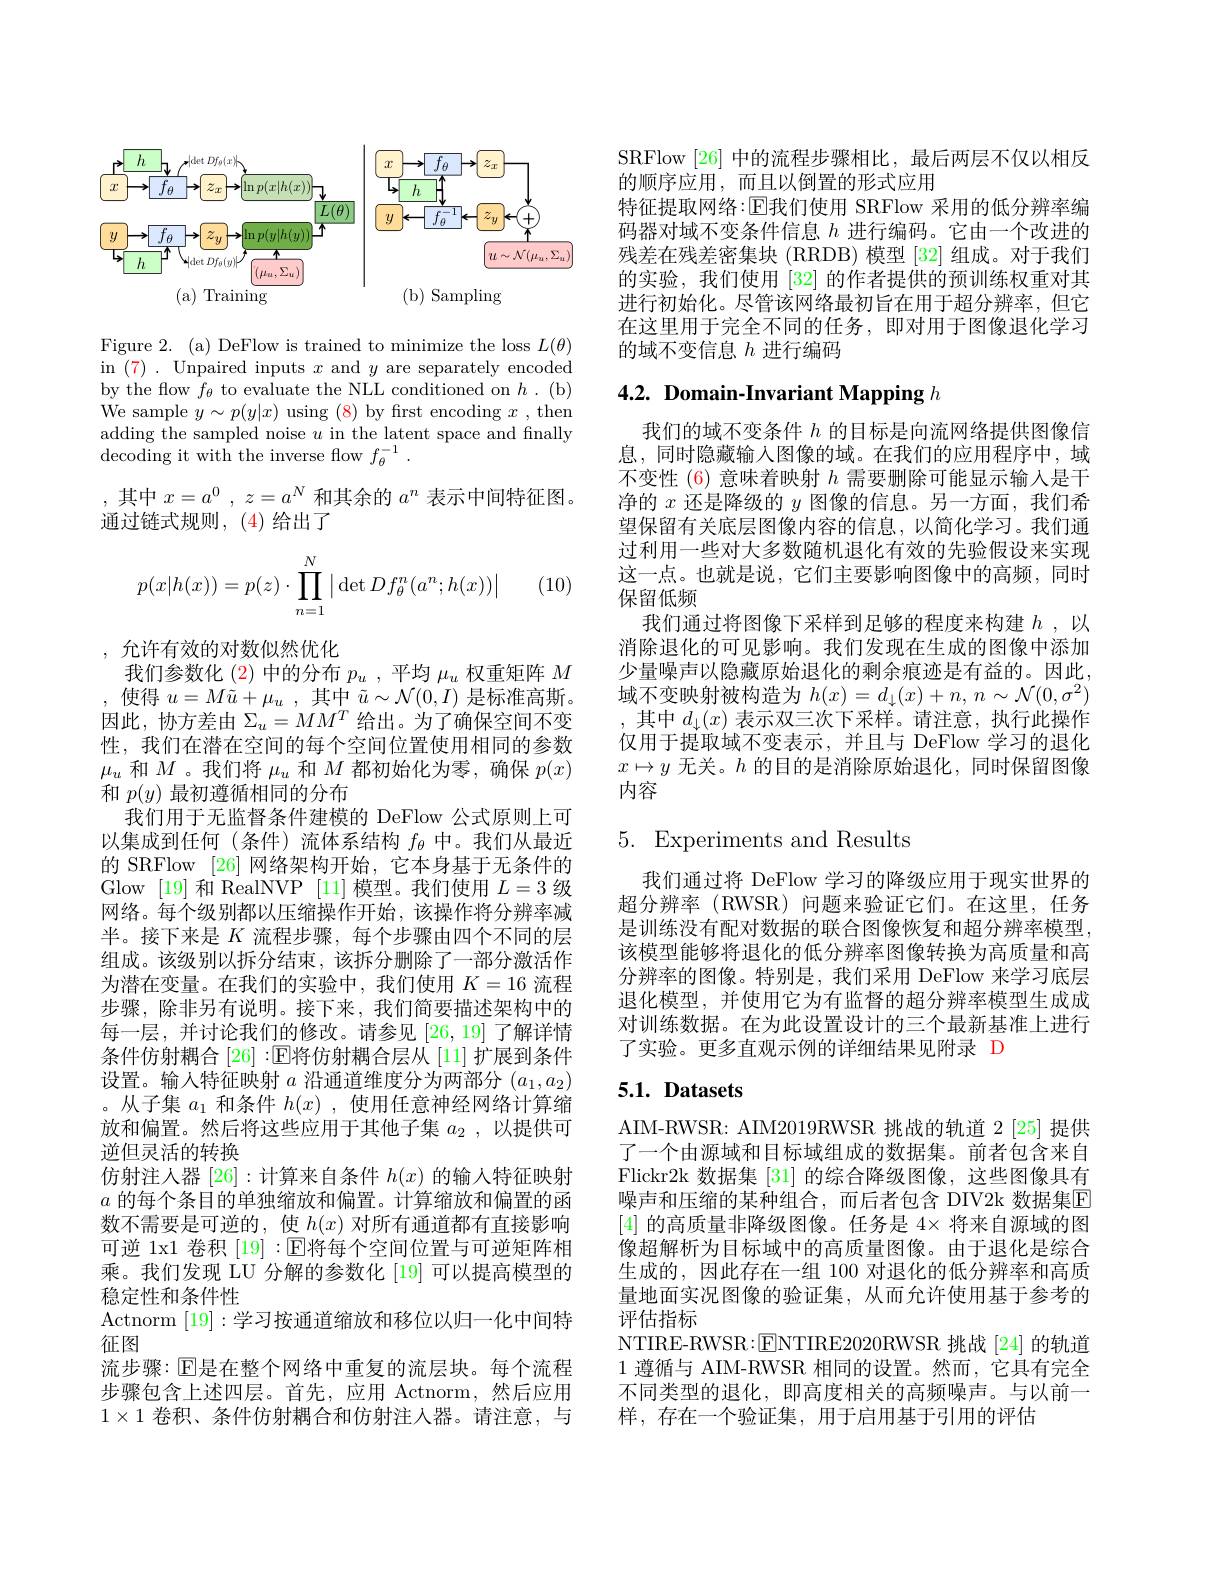
<FigureHere>

Figure 2. (a) DeFlow is trained to minimize the loss $L(\theta)$ in (7). Unpaired inputs $x$ and $y$ are separately encoded by the flow $f_\theta$ to evaluate the NLL conditioned on $h.$ (b) We sample $y\sim p(y|x)$ using (8) by first encoding $x$, then adding the sampled noise $u$ in the latent space and fnally $\operatorname{decoding}$ it with the inverse flow $f_\theta ^{- 1}$ .
,其中$x= a^0$, $z= a^N$和其余的$a^n$表示中间特征图。
通过链式规则，(4)给出了

(10)
$$p(x|h(x))=p(z)\cdot\prod\limits_{n=1}^N\big|\det Df_\theta^n(a^n;h(x))\big|$$
,允许有效的对数似然优化
我们参数化 (2) 中的分布$p_u$ ,平均$\mu_u$权重矩阵$M$ ,使得$u=M\tilde{u}+\mu_u$,其中$\tilde{u}\sim\mathcal{N}(0,I)$ 是标准高斯。因此，协方差由$\Sigma_u=MM^T$给出。为了确保空间不变性，我们在潜在空间的每个空间位置使用相同的参数$\mu_u$和$M$ 。我们将$\mu_u$和$M$都初始化为零，确保$p(x)$ 和$p(y)$最初遵循相同的分布
我们用于无监督条件建模的 DeFlow 公式原则上可以集成到任何(条件)流体系结构$f_\mathrm{\theta}$中。我们从最近的 SRFlow [26] 网络架构开始，它本身基于无条件的Glow [19]和 RealNVP [11]模型。我们使用$L=3$级网络。每个级别都以压缩操作开始，该操作将分辨率减半。接下来是$K$流程步骤，每个步骤由四个不同的层组成。该级别以拆分结束，该拆分删除了一部分激活作为潜在变量。在我们的实验中，我们使用$K=16$流程步骤，除非另有说明。接下来，我们简要描述架构中的每一层，并讨论我们的修改。请参见[26,19]了解详情条件仿射耦合[26] :$\mathbb{E}$将仿射耦合层从[11]扩展到条件设置。输入特征映射$a$沿通道维度分为两部分$(a_1,a_2)$ 。从子集$a_1$和条件$h(x)$,使用任意神经网络计算缩放和偏置。然后将这些应用于其他子集$a_2$ , 以 提 供 可 逆但灵活的转换
仿射注人器[26]:计算来自条件$h(x)$的输入特征映射$a$的每个条目的单独缩放和偏置。计算缩放和偏置的函数不需要是可逆的，使$h(x)$对所有通道都有直接影响可逆 1x1 卷积 [19] :$\mathbb{E}$将每个空间位置与可逆矩阵相乘。我们发现 LU 分解的参数化 [19] 可以提高模型的稳定性和条件性
Actnorm [19]:学习按通道缩放和移位以归一化中间特
征图
流步骤：$\mathbb{E}$是在整个网络中重复的流层块。每个流程步骤包含上述四层。首先，应用 Actnorm,然后应用$1\times1$卷积、条件仿射耦合和仿射注人器。请注意，与

SRFlow [26] 中的流程步骤相比，最后两层不仅以相反
的顺序应用，而且以倒置的形式应用
特征提取网络：回我们使用 SRFlow 采用的低分辨率编码器对域不变条件信息$h$进行编码。它由一个改进的残差在残差密集块 (RRDB) 模型 [32] 组成。对于我们的实验，我们使用[32]的作者提供的预训练权重对其进行初始化。尽管该网络最初旨在用于超分辨率，但它在这里用于完全不同的任务，即对用于图像退化学习的域不变信息$h$进行编码

# 4.2. Domain-Invariant Mapping $h$

我们的域不变条件$h$的目标是向流网络提供图像信息，同时隐藏输入图像的域。在我们的应用程序中，域不变性 (6) 意味着映射$h$需要删除可能显示输入是干净的$x$还是降级的$y$图像的信息。另一方面，我们希望保留有关底层图像内容的信息，以简化学习。我们通过利用一些对大多数随机退化有效的先验假设来实现这一点。也就是说，它们主要影响图像中的高频，同时保留低频
我们通过将图像下采样到足够的程度来构建$h$ ,以消除退化的可见影响。我们发现在生成的图像中添加少量噪声以隐藏原始退化的剩余痕迹是有益的。因此， 域不变映射被构造为$h(x)=d_\downarrow(x)+n,n\sim\mathcal{N}(0,\sigma^2)$ ,其中$d_\downarrow(x)$表示双三次下采样。请注意，执行此操作仅用于提取域不变表示，并且与 DeFlow 学习的退化$x\mapsto y$无关。$h$的目的是消除原始退化，同时保留图像内容

# 5. Experiments and Results

我们通过将 DeFlow 学习的降级应用于现实世界的超分辨率 (RWSR) 问题来验证它们。在这里，任务是训练没有配对数据的联合图像恢复和超分辨率模型， 该模型能够将退化的低分辨率图像转换为高质量和高分辨率的图像。特别是，我们采用 DeFlow 来学习底层退化模型，并使用它为有监督的超分辨率模型生成成对训练数据。在为此设置设计的三个最新基准上进行了实验。更多直观示例的详细结果见附录 D

## $5. 1. \textbf{ Datasets}$

AIM-RWSR: AIM2019RWSR 挑战的轨道 2 [25] 提供了一个由源域和目标域组成的数据集。前者包含来自Flickr2k 数据集[31]的综合降级图像，这些图像具有噪声和压缩的某种组合，而后者包含 DIV2k 数据集E [4]的高质量非降级图像。任务是$4\times$将来自源域的图像超解析为目标域中的高质量图像。由于退化是综合生成的，因此存在一组 100 对退化的低分辨率和高质量地面实况图像的验证集，从而允许使用基于参考的评估指标
NTIRE-RWSR:$\boxed{\mathrm{ENTIRE2020RWSR}}$挑战 [24] 的轨道1 遵循与 AIM-RWSR 相同的设置。然而，它具有完全不同类型的退化，即高度相关的高频噪声。与以前一样，存在一个验证集，用于启用基于引用的评估